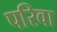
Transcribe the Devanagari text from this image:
परिवा